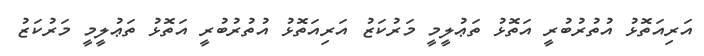
އަރިއަތޮޅު އުތުރުބުރީ އަތޮޅު ތަޢުލީމީ މަރުކަޒު އަރިއަތޮޅު އުތުރުބުރީ އަތޮޅު ތަޢުލީމީ މަރުކަޒު